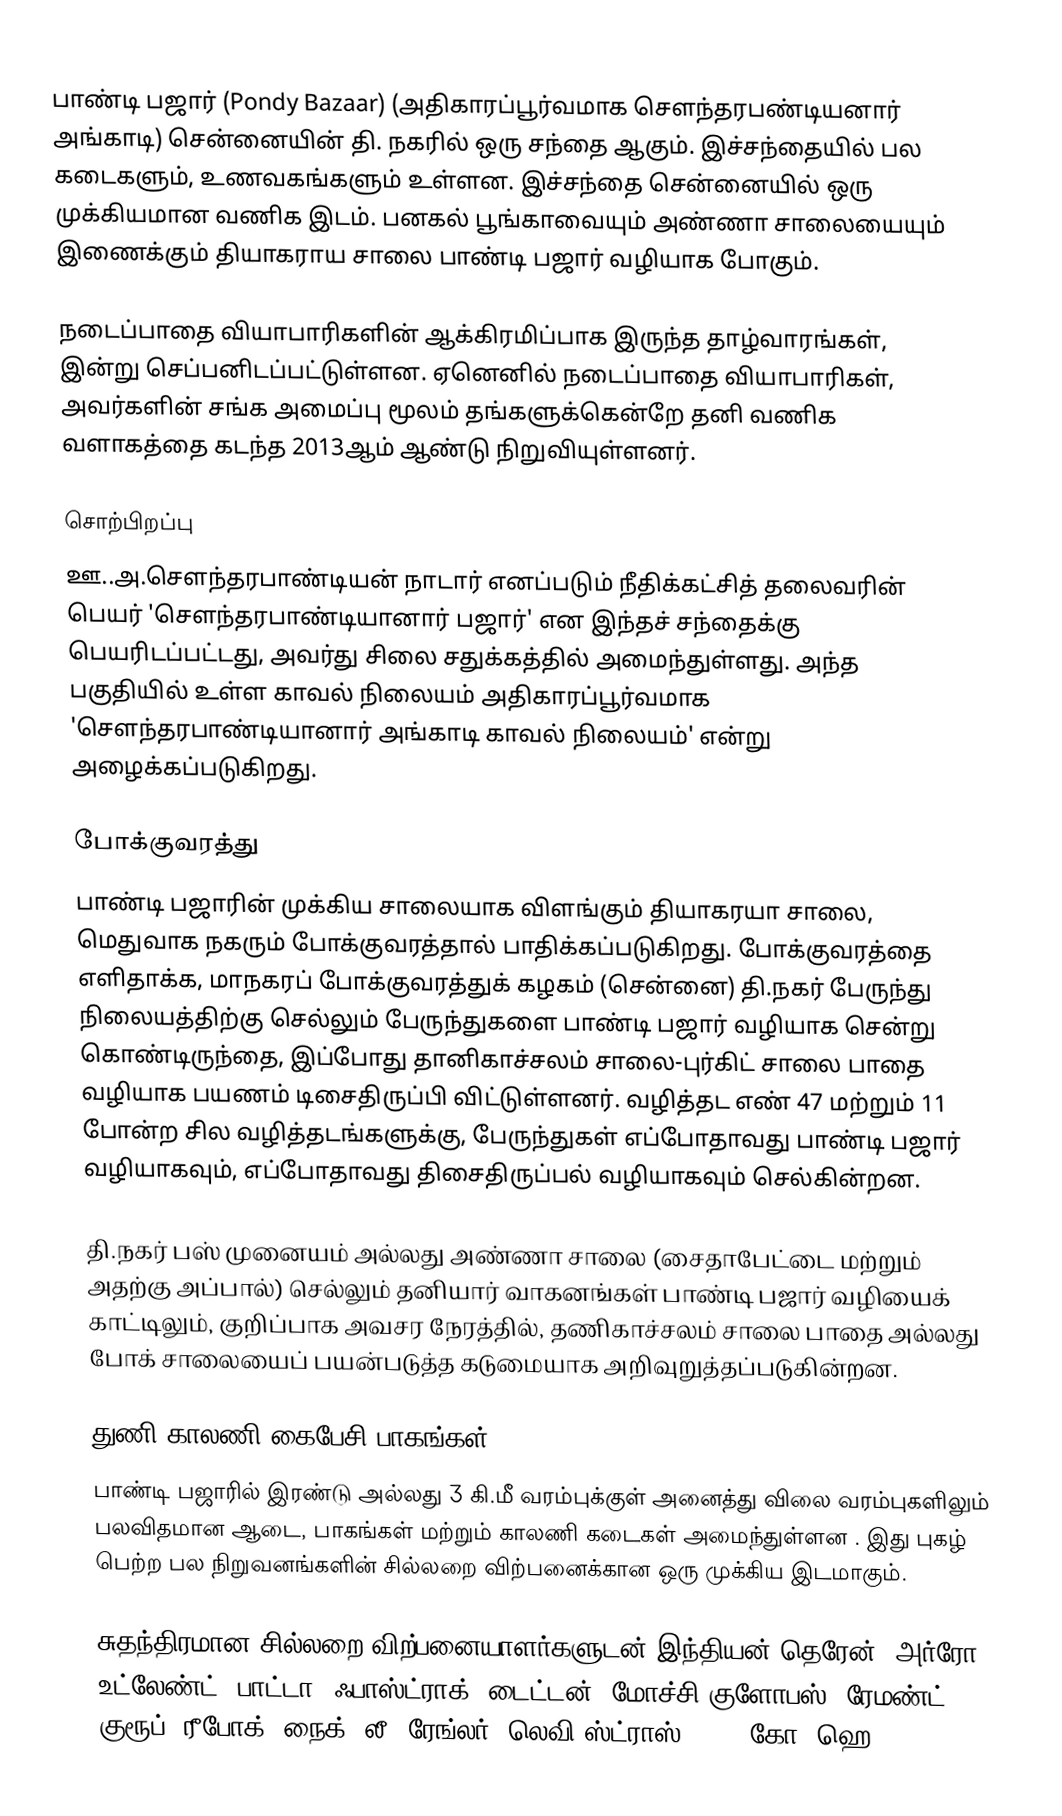
பாண்டி பஜார்  (Pondy Bazaar) (அதிகாரப்பூர்வமாக சௌந்தரபண்டியனார் அங்காடி) சென்னையின் தி. நகரில் ஒரு சந்தை ஆகும். இச்சந்தையில் பல கடைகளும், உணவகங்களும் உள்ளன. இச்சந்தை சென்னையில் ஒரு முக்கியமான வணிக இடம். பனகல் பூங்காவையும் அண்ணா சாலையையும் இணைக்கும் தியாகராய சாலை பாண்டி பஜார் வழியாக போகும்.

நடைப்பாதை வியாபாரிகளின் ஆக்கிரமிப்பாக இருந்த தாழ்வாரங்கள், இன்று செப்பனிடப்பட்டுள்ளன. ஏனெனில் நடைப்பாதை வியாபாரிகள், அவர்களின் சங்க அமைப்பு மூலம் தங்களுக்கென்றே தனி வணிக வளாகத்தை கடந்த 2013ஆம் ஆண்டு நிறுவியுள்ளனர்.

சொற்பிறப்பு
ஊ..அ.சௌந்தரபாண்டியன் நாடார்   எனப்படும் நீதிக்கட்சித் தலைவரின் பெயர் 'சௌந்தரபாண்டியானார் பஜார்' என இந்தச் சந்தைக்கு பெயரிடப்பட்டது, அவர்து சிலை சதுக்கத்தில் அமைந்துள்ளது. அந்த பகுதியில் உள்ள காவல் நிலையம் அதிகாரப்பூர்வமாக 'சௌந்தரபாண்டியானார் அங்காடி காவல் நிலையம்' என்று அழைக்கப்படுகிறது.

போக்குவரத்து
பாண்டி பஜாரின் முக்கிய சாலையாக விளங்கும் தியாகரயா சாலை, மெதுவாக நகரும் போக்குவரத்தால் பாதிக்கப்படுகிறது. போக்குவரத்தை எளிதாக்க, மாநகரப் போக்குவரத்துக் கழகம் (சென்னை) தி.நகர் பேருந்து நிலையத்திற்கு  செல்லும் பேருந்துகளை பாண்டி பஜார் வழியாக சென்று கொண்டிருந்தை,  இப்போது தானிகாச்சலம் சாலை-புர்கிட் சாலை பாதை வழியாக பயணம் டிசைதிருப்பி விட்டுள்ளனர். வழித்தட எண் 47 மற்றும் 11  போன்ற சில வழித்தடங்களுக்கு, பேருந்துகள் எப்போதாவது பாண்டி பஜார் வழியாகவும், எப்போதாவது திசைதிருப்பல் வழியாகவும் செல்கின்றன.

தி.நகர் பஸ் முனையம் அல்லது அண்ணா சாலை (சைதாபேட்டை மற்றும் அதற்கு அப்பால்) செல்லும் தனியார் வாகனங்கள் பாண்டி பஜார் வழியைக் காட்டிலும், குறிப்பாக அவசர நேரத்தில், தணிகாச்சலம் சாலை பாதை அல்லது போக் சாலையைப் பயன்படுத்த கடுமையாக அறிவுறுத்தப்படுகின்றன.

துணி காலணி கைபேசி பாகங்கள்
பாண்டி பஜாரில் இரண்டு அல்லது 3 கி.மீ  வரம்புக்குள் அனைத்து விலை வரம்புகளிலும் பலவிதமான ஆடை, பாகங்கள் மற்றும் காலணி கடைகள் அமைந்துள்ளன . இது புகழ் பெற்ற பல  நிறுவனங்களின் சில்லறை விற்பனைக்கான ஒரு முக்கிய இடமாகும்.

சுதந்திரமான சில்லறை விற்பனையாளர்களுடன் இந்தியன் தெரேன், அர்ரோ உட்லேண்ட், பாட்டா, ஃபாஸ்ட்ராக், டைட்டன், மோச்சி குளோபஸ், ரேமண்ட் குரூப், ரீபோக், நைக், லீ, ரேங்லர், லெவி ஸ்ட்ராஸ் &amp; கோ. ஹெ